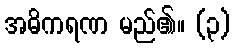
အဓိကရဏ မည်၏။ (၃)